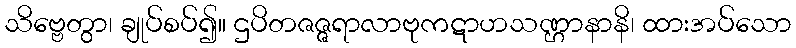
သိဗ္ဗေတွာ၊ ချုပ်စပ်၍။ ဌပိတဇဇ္ဇရာလာဗုကဋာဟသဏ္ဌာနာနိ၊ ထားအပ်သော